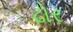
ઢોર